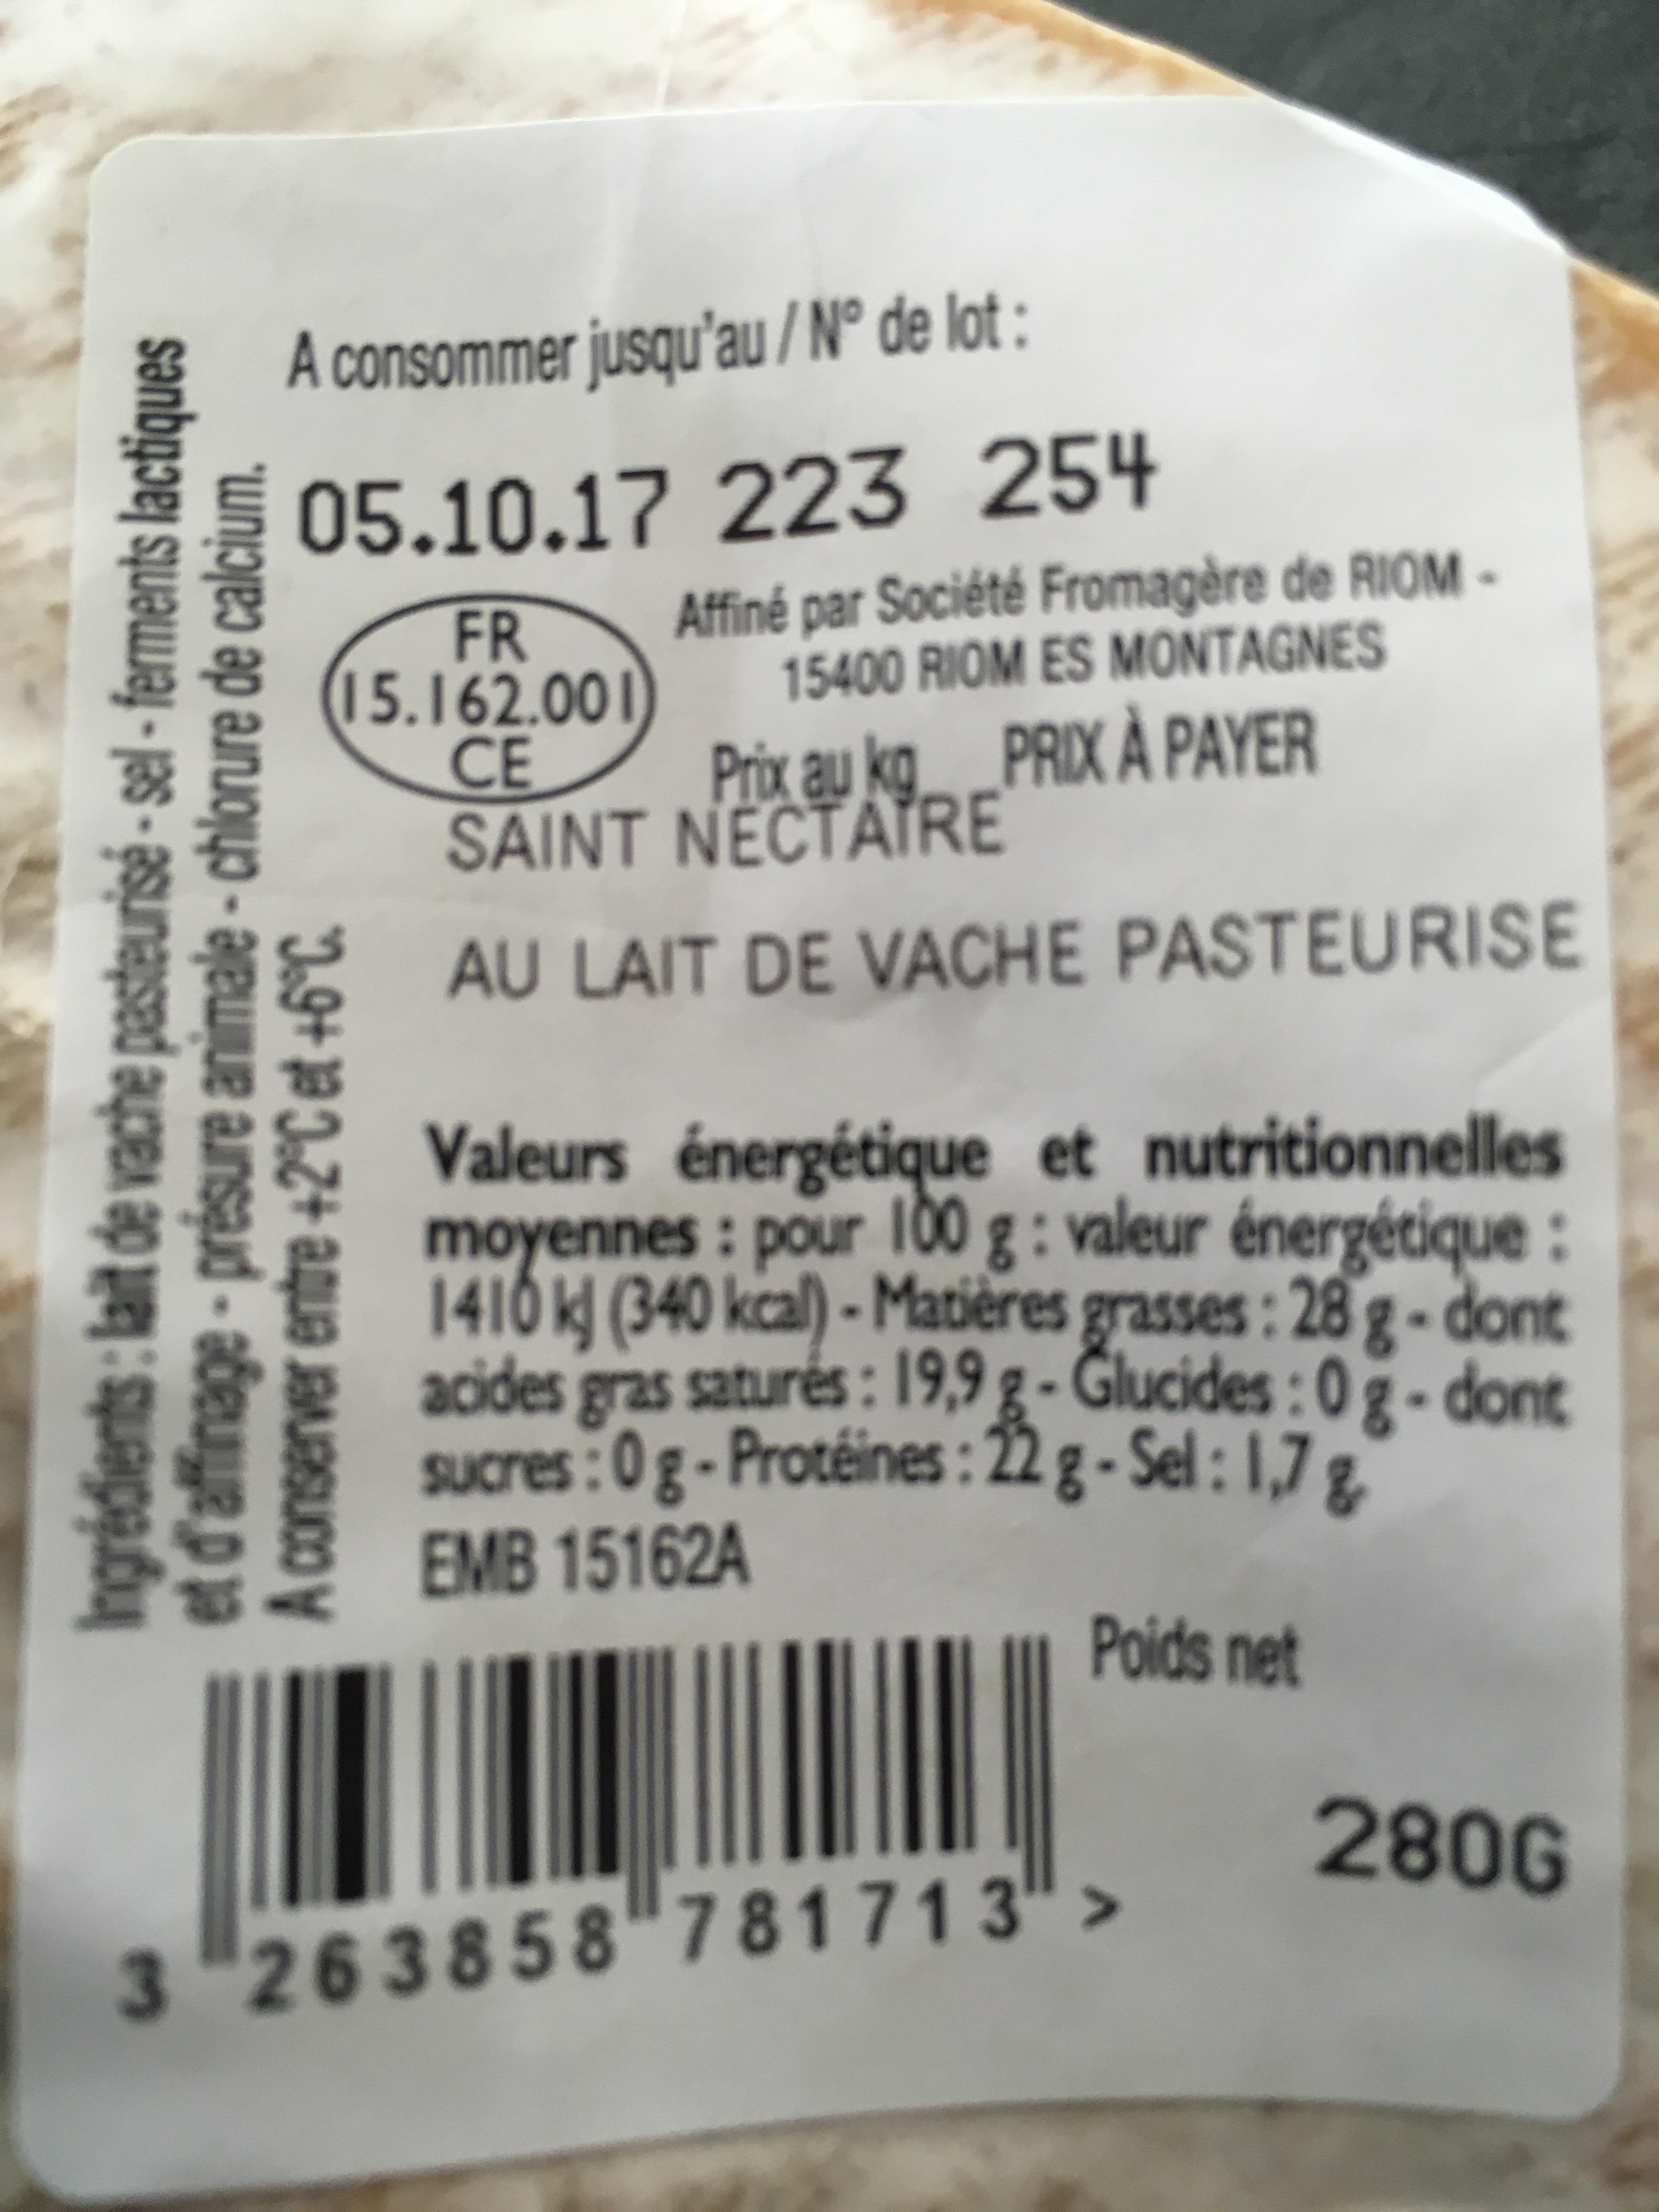
A consommer jusqu'au/N° de lot: 05.10.17 223 254
FR 15.162.001 CE
sənbgəej squəшaj - jas - asunapsed aцел әр е : suage.fu "шпојеә әр алпојцэ - әјешue aunsaud - әбеице р за
A conserver entre +2°C et +6°C.
Affiné par Société Fromagère de RIOM15400 RIOM ES MONTAGNES
Prix au kg PRIX À PAYER SAINT NECTATRE
AU LAIT DE VACHE PASTEURISE
Valeurs énergétique et nutritionnelles moyennes : pour 100 g: valeur énergétique : 1410 kJ (340 kcal)-Matières grasses: 28 g-dont acides gras saturés: 19,9 g-Glucides: 0g-dont sucres : 0 g - Protéines: 22g-Sel: 1,7 g EMB 15162A
Poids net
3 263858" 781713">
280G